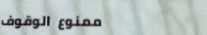
ممنوع الوقوف